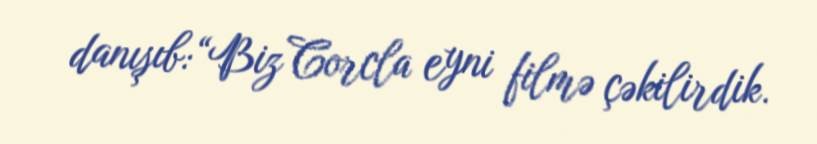
danışıb:“Biz Corcla eyni filmə çəkilirdik.